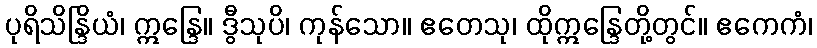
ပုရိသိန္ဒြိယံ၊ ဣန္ဒြေ။ ဒွီသုပိ၊ ကုန်သော။ ဧတေသု၊ ထိုဣန္ဒြေတို့တွင်။ ဧကေကံ၊